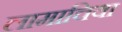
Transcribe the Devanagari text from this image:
लामाचिया